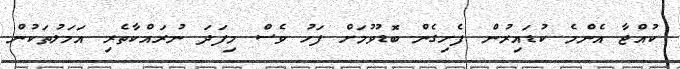
ކުއްޖާ އެންމެ ކުޑައިރުން ފެށިގެން ބޮޑުވުމަށް ފަހު ވެސް މިފަދަ ނުރައްކާތެރި އަމަލުތަކުން